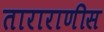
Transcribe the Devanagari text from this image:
ताराराणीस